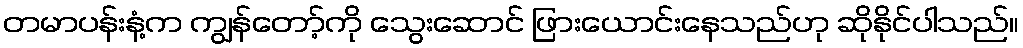
တမာပန်းနံ့က ကျွန်တော့်ကို သွေးဆောင် ဖြားယောင်းနေသည်ဟု ဆိုနိုင်ပါသည်။